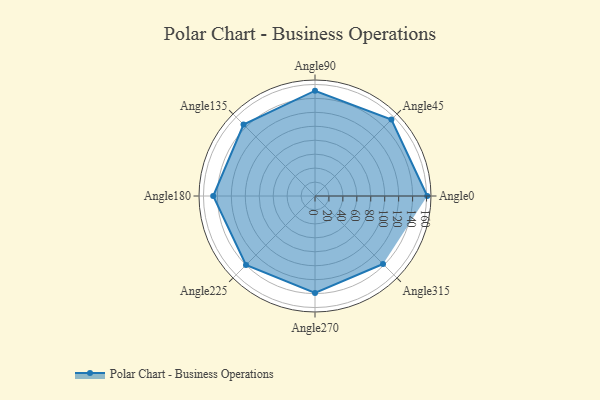
{"axis": {"x": "Angle", "y": "Radius"}, "legend": [""], "data": [{"x": "Angle0", "y": 161.0, "type": ""}, {"x": "Angle45", "y": 155.0, "type": ""}, {"x": "Angle90", "y": 151.0, "type": ""}, {"x": "Angle135", "y": 145.0, "type": ""}, {"x": "Angle180", "y": 146.0, "type": ""}, {"x": "Angle225", "y": 140.0, "type": ""}, {"x": "Angle270", "y": 139.0, "type": ""}, {"x": "Angle315", "y": 138.0, "type": ""}]}